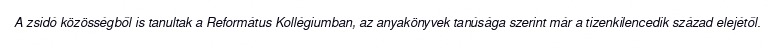
A zsidó közösségből is tanultak a Református Kollégiumban, az anyakönyvek tanúsága szerint már a tizenkilencedik század elejétől.